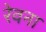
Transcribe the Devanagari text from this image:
रेवना